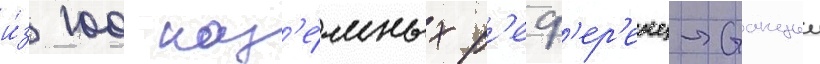
и́з 100 наз'е́мных р'еф'ер'енц-станции